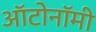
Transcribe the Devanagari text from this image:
ऑटोनॉमी